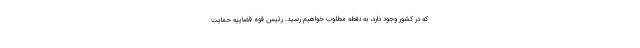
که در کشور وجود دارد، به نقطه مطلوب خواهیم رسید. رئیس قوه قضاییه حمایت